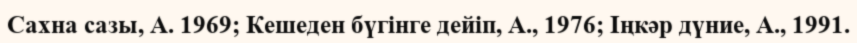
Сахна сазы, А. 1969; Кешеден бүгінге дейіп, А., 1976; Іңкәр дүние, А., 1991.